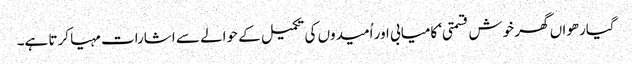
گیارھواں گھر خوش قسمتی‘ کامیابی اور اُمیدوں کی تکمیل کے حوالے سے اشارات مہیا کرتا ہے۔